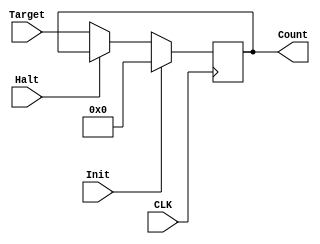
`timescale 1ns / 1ps
//////////////////////////////////////////////////////////////////////////////////
// Company: 
// Engineer: 
// 
// Design Name: 
// Module Name:    PC 
// Project Name: 
// Target Devices: 
// Tool versions: 
// Description: 
//
// Dependencies: 
//
// Revision: 
// Revision 0.01 - File Created
// Additional Comments: 
//
//////////////////////////////////////////////////////////////////////////////////
module PC(
    input [15:0] Target,
    input Init,
    input Halt,
	 input CLK,
    output reg[15:0] Count
    );
	 
	 always @(posedge CLK)
	 begin
		//$display("Halt: %d",Halt);
		$display("-------------------------------");
		$display("PC: %d",Count);
		$display("-------------------------------");
		if(Init)
			Count = 16'b0;
		else if(Halt == 1)
		begin
			$display("halting");
			Count = Count;
		end
		else
			Count = Target;
	 end


endmodule